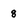
Character: 8